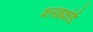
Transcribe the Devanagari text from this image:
क्लाइफ़ोर्ड